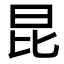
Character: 昆